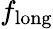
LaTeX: f_{\mathrm{long}}